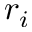
r _ { i }